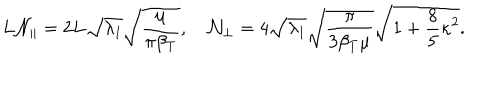
LaTeX: L { \cal N } _ { \parallel } = 2 L \sqrt { \lambda _ { 1 } } \sqrt { \frac { \mu } { \pi \beta _ { T } } } , \quad { \cal N } _ { \perp } = 4 \sqrt { \lambda _ { 1 } } \sqrt { \frac { \pi } { 3 \beta _ { T } \mu } } \sqrt { 1 + \frac 8 5 \kappa ^ { 2 } } .